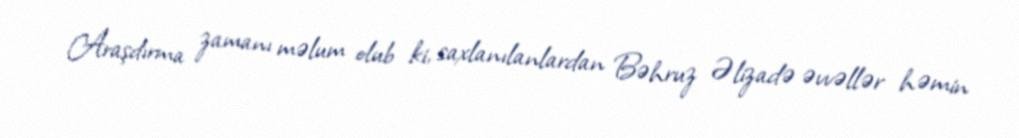
Araşdırma zamanı məlum olub ki, saxlanılanlardan Bəhruz Əlizadə əvvəllər həmin